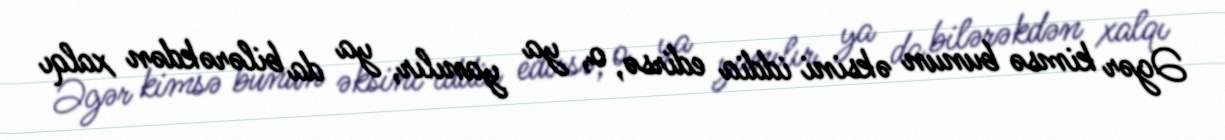
Əgər kimsə bunun əksini iddia edirsə, o, ya yanılır, ya da bilərəkdən xalqı